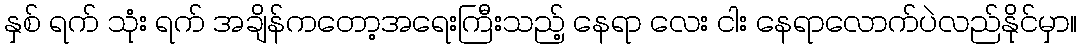
နှစ် ရက် သုံး ရက် အချိန်ကတော့အရေးကြီးသည့် နေရာ လေး ငါး နေရာလောက်ပဲလည်နိုင်မှာ။